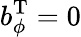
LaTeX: b_{\phi}^{\mathrm{T}}=0